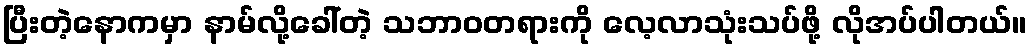
ပြီးတဲ့နောကမှာ နာမ်လို့ခေါ်တဲ့ သဘာဝတရားကို လေ့လာသုံးသပ်ဖို့ လိုအပ်ပါတယ်။